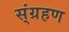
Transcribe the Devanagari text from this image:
स्ंग्रहण